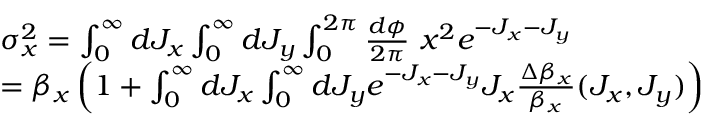
\begin{array} { r l } & { \sigma _ { x } ^ { 2 } = \int _ { 0 } ^ { \infty } d J _ { x } \int _ { 0 } ^ { \infty } d J _ { y } \int _ { 0 } ^ { 2 \pi } \frac { d \phi } { 2 \pi } \ x ^ { 2 } e ^ { - J _ { x } - J _ { y } } } \\ & { = \beta _ { x } \left( 1 + \int _ { 0 } ^ { \infty } d J _ { x } \int _ { 0 } ^ { \infty } d J _ { y } e ^ { - J _ { x } - J _ { y } } J _ { x } \frac { \Delta \beta _ { x } } { \beta _ { x } } ( J _ { x } , J _ { y } ) \right) } \end{array}